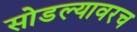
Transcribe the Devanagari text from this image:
सोडल्यावरच